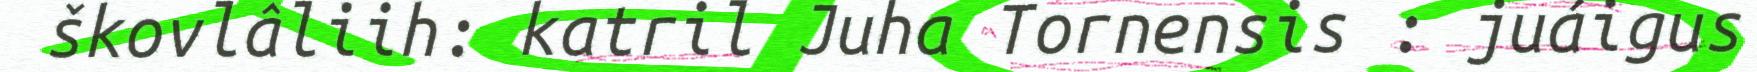
škovlâliih: katril Juha Tornensis : juáigus